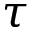
\tau